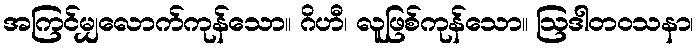
အကြင်မျှလောက်ကုန်သော။ ဂိဟီ၊ လူဖြစ်ကုန်သော။ ဩဒါတဝသနာ၊